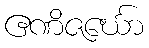
ဧဏိဇင်္ဃော